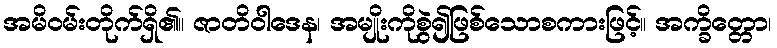
အမိဝမ်းတိုက်ရှိ၏။ ဇာတိဝါဒေန၊ အမျိုးကိုစွဲ၍ဖြစ်သောစကားဖြင့်။ အက္ခိတ္တော၊